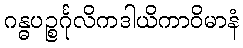
ဂန္ဓပဉ္စင်္ဂုလိကဒါယိကာဝိမာနံ